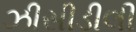
ઝીસીડીલી